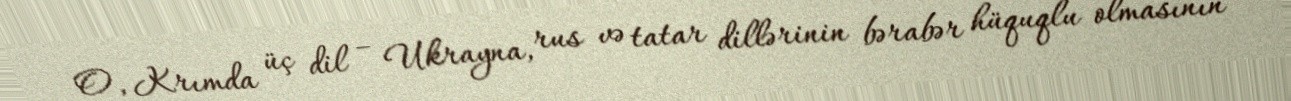
O, Krımda üç dil – Ukrayna, rus və tatar dillərinin bərabər hüquqlu olmasının